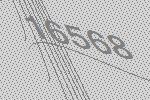
16568